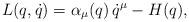
LaTeX: \begin{align*}L(q,\dot q)=\alpha_\mu (q) \, \dot q^\mu - H(q),\end{align*}